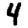
Digit: 4